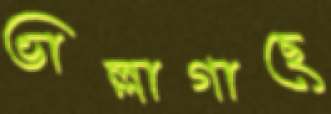
ভাল্লাগাছে